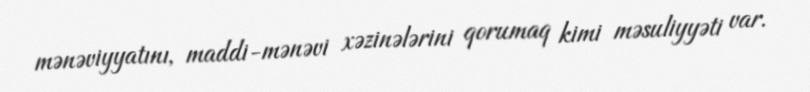
mənəviyyatını, maddi-mənəvi xəzinələrini qorumaq kimi məsuliyyəti var.